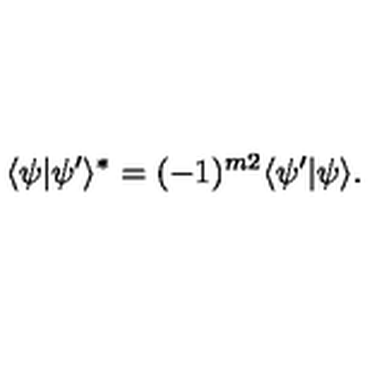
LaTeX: \langle \psi | \psi ^ { \prime } \rangle ^ { \ast } = ( - 1 ) ^ { { \binom { m } { 2 } } } \langle \psi ^ { \prime } | \psi \rangle .